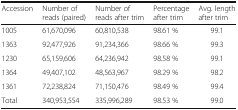
| Accession | Number of reads (paired) | Number of reads after trim | Percentage after trim | Avg. length after trim |
 | --- | --- | --- | --- | --- |
 | 1005 | 61,670,096 | 60,810,538 | 98.61 % | 99.1 |
 | 1363 | 92,477,926 | 91,234,366 | 98.66 % | 99.3 |
 | 1230 | 65,159,606 | 64,236,942 | 98.58 % | 99.1 |
 | 1364 | 49,407,102 | 48,563,967 | 98.29 % | 98.2 |
 | 1361 | 72,238,824 | 71,150,476 | 98.49 % | 99.4 |
 | Total | 340,953,554 | 335,996,289 | 98.53 % | 99.0 |